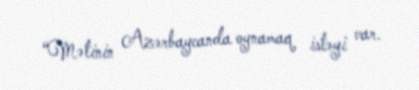
“Mətinin Azərbaycanda oynamaq istəyi var.